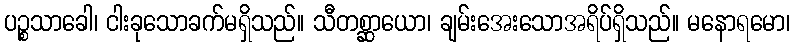
ပဉ္စသာခေါ၊ ငါးခုသောခက်မရှိသည်။ သီတစ္ဆာယော၊ ချမ်းအေးသောအရိပ်ရှိသည်။ မနောရမော၊